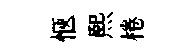
愜煕棬